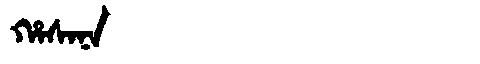
Manchu: ᡥᠠᠰᠠᠨᠠ
Romanization: HASANA